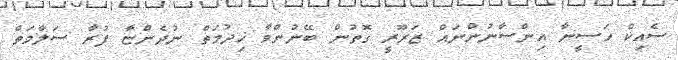
ސެއިކް ހަސީނާ އިންސާނުންނައް ޒަރޫރީ ގޮތުން ބޭނުންވާ ޚިދުމަތް ނުދެންޏާ ފުރާ ސަލާމަތް